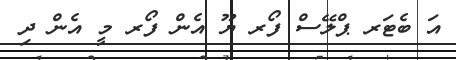
އަ ބެޓަރ ޕްލޭސް ފޯރ ޔޫ އެން ފޯރ މީ އެން ދި